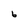
Character: 6